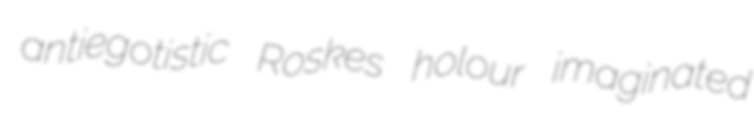
antiegotistic Roskes holour imaginated